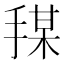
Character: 𪮍